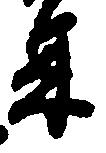
来